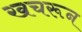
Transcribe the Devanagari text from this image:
खचरून